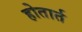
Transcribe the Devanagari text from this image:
होतार्त